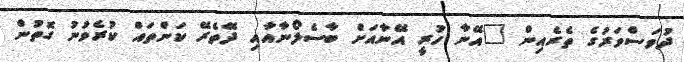
ދުވަސްވަރުގެ ތެރެއިން "އޭނާ ހުރީ އޭނާއަށް ބާސެލޯނާއާއިި ދޭތެރޭ ކަންތައް ކުރެވުނު ގޮތުން